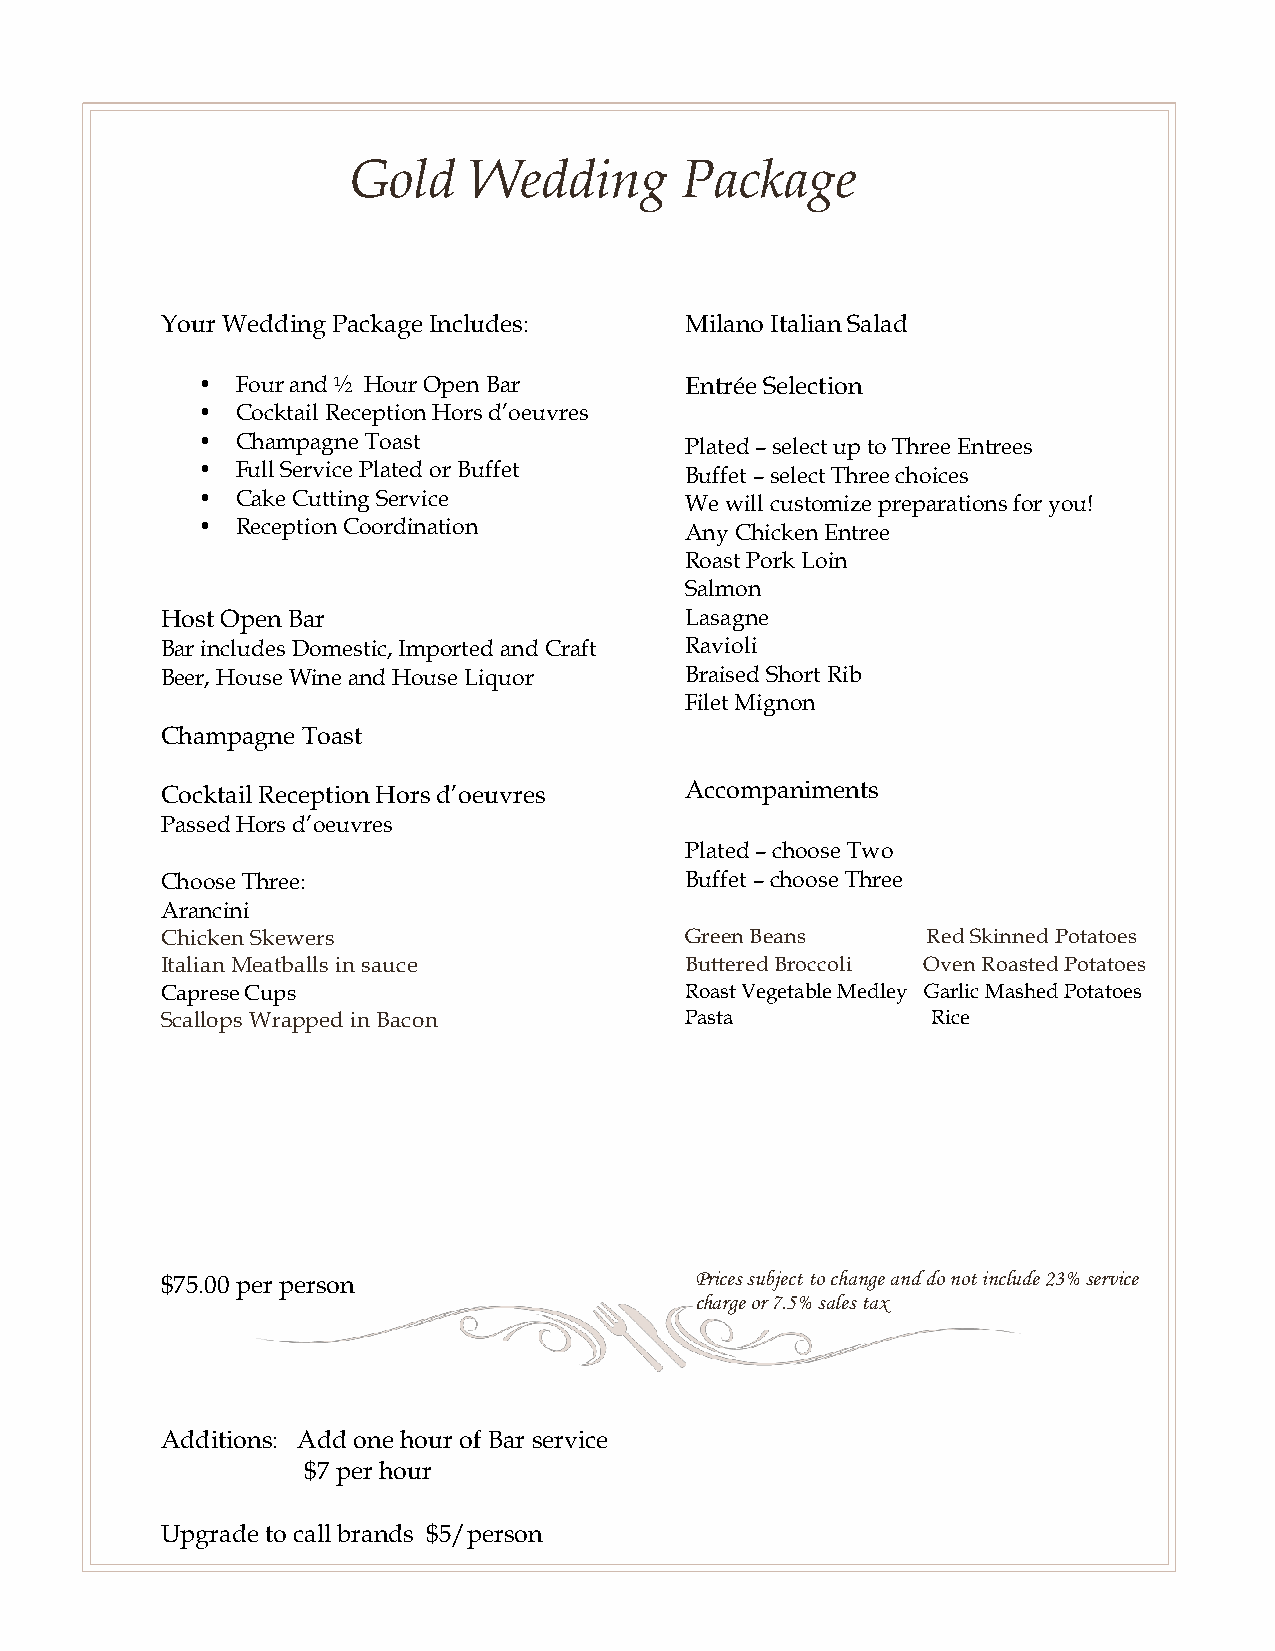
Gold    Wedding       Package
 Your Wedding Package Includes:    M ilano Italian Salad
 •  Four and ½ Hour Open Bar     Entrée Selection
 •  Cocktail Reception Hors d’oeuvres
 •  Champagne Toast              Plated – select up to Three Entrees
 •  Full Service Plated or Buffet Buffet – select Three choices
 •  Cake Cutting Service         We will customize preparations for you!
 •  Reception Coordination       Any Chicken Entree
 Roast Pork Loin
 Salmon
 Host Open Bar                     Lasagne
 Bar includes Domestic, Imported and Craft Ravioli
 Beer, House Wine and House Liquor Braised Short Rib
 Filet Mignon
 Champagne Toast
 Cocktail Reception Hors d’oeuvres Accompaniments
 Passed Hors d’oeuvres
 Plated – choose Two
 Choose Three:                     Buffet – choose Three
 Arancini
 Chicken Skewers                   Green Beans     Red Skinned Potatoes
 Italian Meatballs in sauce        Buttered Broccoli Oven Roasted Potatoes
 Caprese Cups                      Roast Vegetable Medley Garlic Mashed Potatoes
 Scallops Wrapped in Bacon         Pasta            Rice
 Prices subject to change and do not include 23% service
 $75.00 per person
 charge or 7.5% sales tax
 Additions: Add one hour of Bar service
 $7 per hour
 Upgrade to call brands $5/person